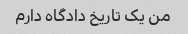
من یک تاریخ دادگاه دارم